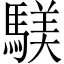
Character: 𫘑